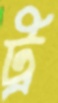
ট্র